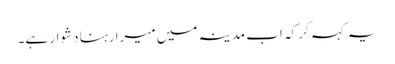
یہ کہہ کر کہ اب مدینہ میں میرا رہنا دشوار ہے۔